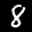
Label: 8